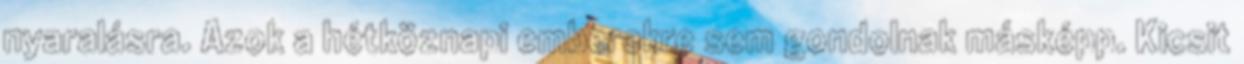
nyaralásra. Azok a hétköznapi emberekre sem gondolnak másképp. Kicsit